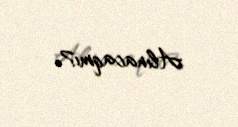
Alınacaqmı?.